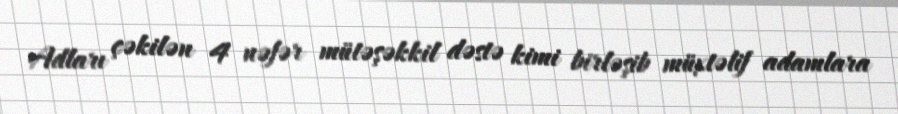
Adları çəkilən 4 nəfər mütəşəkkil dəstə kimi birləşib müxtəlif adamlara